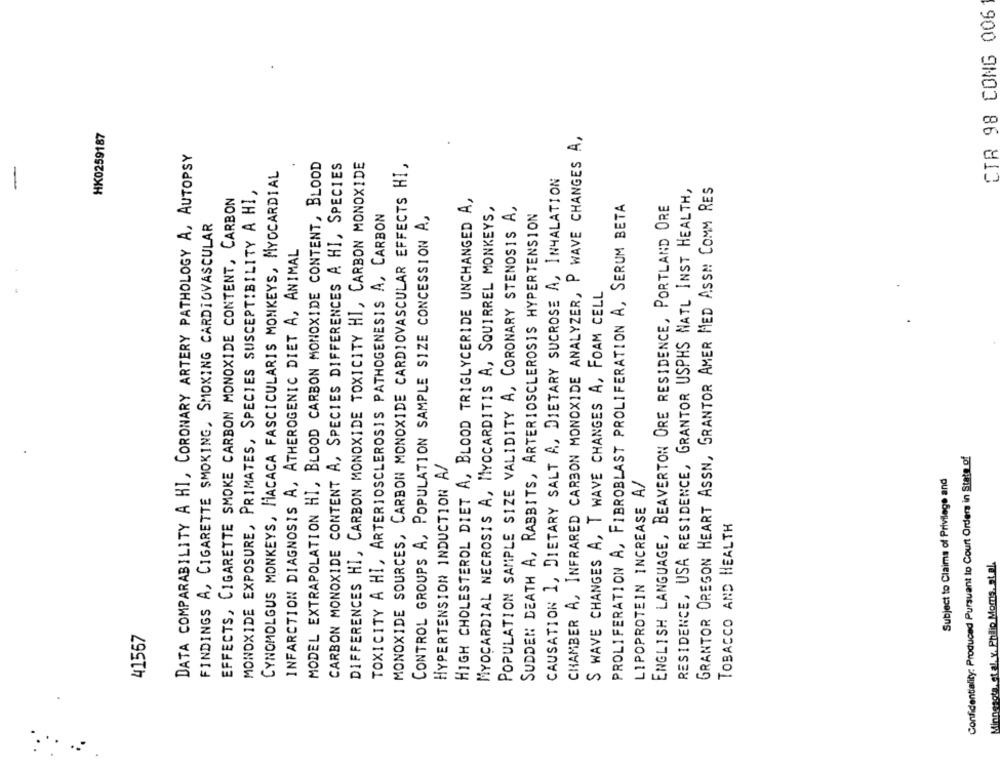
CTR 98 CONG 006
HK0259187
CHAMBER A, INFRARED CARBON MONOXIDE ANALYZER, P WAVE CHANGES A,
DATA COMPARABILITY A HI, CORONARY ARTERY PATHOLOGY A, AUTOPSY
MODEL EXTRAPOLATION HI, BLOOD CARBON MONOXIDE CONTENT, BLOOD
DIFFERENCES HI, CARBON MONOXIDE TOXICITY HI, CARBON MONOXIDE
CARBON MONOXIDE CONTENT A, SPECIES DIFFERENCES A HI, SPECIES
MONOXIDE SOURCES, CARBON MONOXIDE CARDIOVASCULAR EFFECTS HI,
CYNOMOLGUS MONKEYS, HACACA FASCICULARIS MONKEYS, MYOCARDIAL
CAUSATION 1, DIETARY SALT A, DIETARY SUCROSE A, INHALATION
MONOXIDE EXPOSURE, PRIMATES, SPECIES SUSCEPTIBILITY A HI,
RESIDENCE, USA RESIDENCE, GRANTOR USPHS NATL INST HEALTH,
GRANTOR OREGON HEART ASSN, GRANTOR AMER MED ASSM COMM RES
EFFECTS, CIGARETTE SMOKE CARBON MONOXIDE CONTENT, CARBON
HIGH CHOLESTEROL DIET A, BLOOD TRIGLYCERIDE UNCHANGED A,
MYOCARDIAL NECROSIS A, MYOCARDITIS A, SQUIRREL MONKEYS,
POPULATION SAMPLE SIZE VALIDITY A, CORONARY STENOSIS A,
PROLIFERATION A, FIBROBLAST PROLIFERATION A, SERUM BETA
ENGLISH LANGUAGE, BEAVERTON ORE RESIDENCE, PORTLAND ORE
TOXICITY A HI, ARTERIOSCLEROSIS PATHOGENESIS A, CARBON
CONTROL GROUPS A, POPULATION SAMPLE SIZE CONCESSION A,
SUDDEN DEATH A, RABBITS, ARTERIOSCLEROSIS HYPERTENSION
FINDINGS A, CIGARETTE SMOKING, SMOKING CARDIOVASCULAR
INFARCTION DIAGNOSIS A, ATHEROGENIC DIET A, ANIMAL
S WAVE CHANGES A, T WAVE CHANGES A, FOAM CELL
Confidentiality: Produced Pursuant In Court Orders in State of
HYPERTENSION INDUCTION A/
Subject to Claims of Privilege and
LIPOPROTEIN INCREASE A/
TOBACCO AND HEALTH
Minnesota, et al. v. Philip Moms, at el.
41567